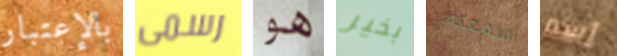
بالإعتبار رسمى هو بخير أسمعكم إسم